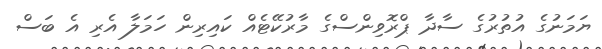
ޔަމަނުގެ އުތުރުގެ ސާދާ ޕްރޮވިންސްގެ މާރުކޭޓެއް ކައިރިން ހަމަލާ އެރި އެ ބަސް